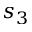
s _ { 3 }